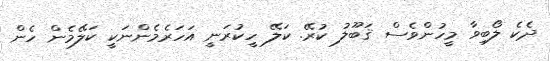
ދެކެ ލޯބިވާ މީހުންވެސް ޤަބޫލު ކުރޭ. ކަލޭ ހީކުރަނީ އަހަރެމެންނަކީ ކަލޭމެން ހެން